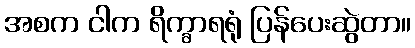
အစက ငါက ရိက္ခာရရုံ ပြန်ပေးဆွဲတာ။